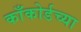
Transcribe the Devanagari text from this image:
काँकोर्डच्या